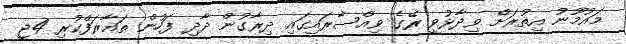
މައުމޫނު އިތުރަށް ވިދާޅުވީ ރޭގެ ވިއްސާރައިގައި ދިރާގުން ދާދި ފަހުން ތައާރަފްކުރި 4ޖީ